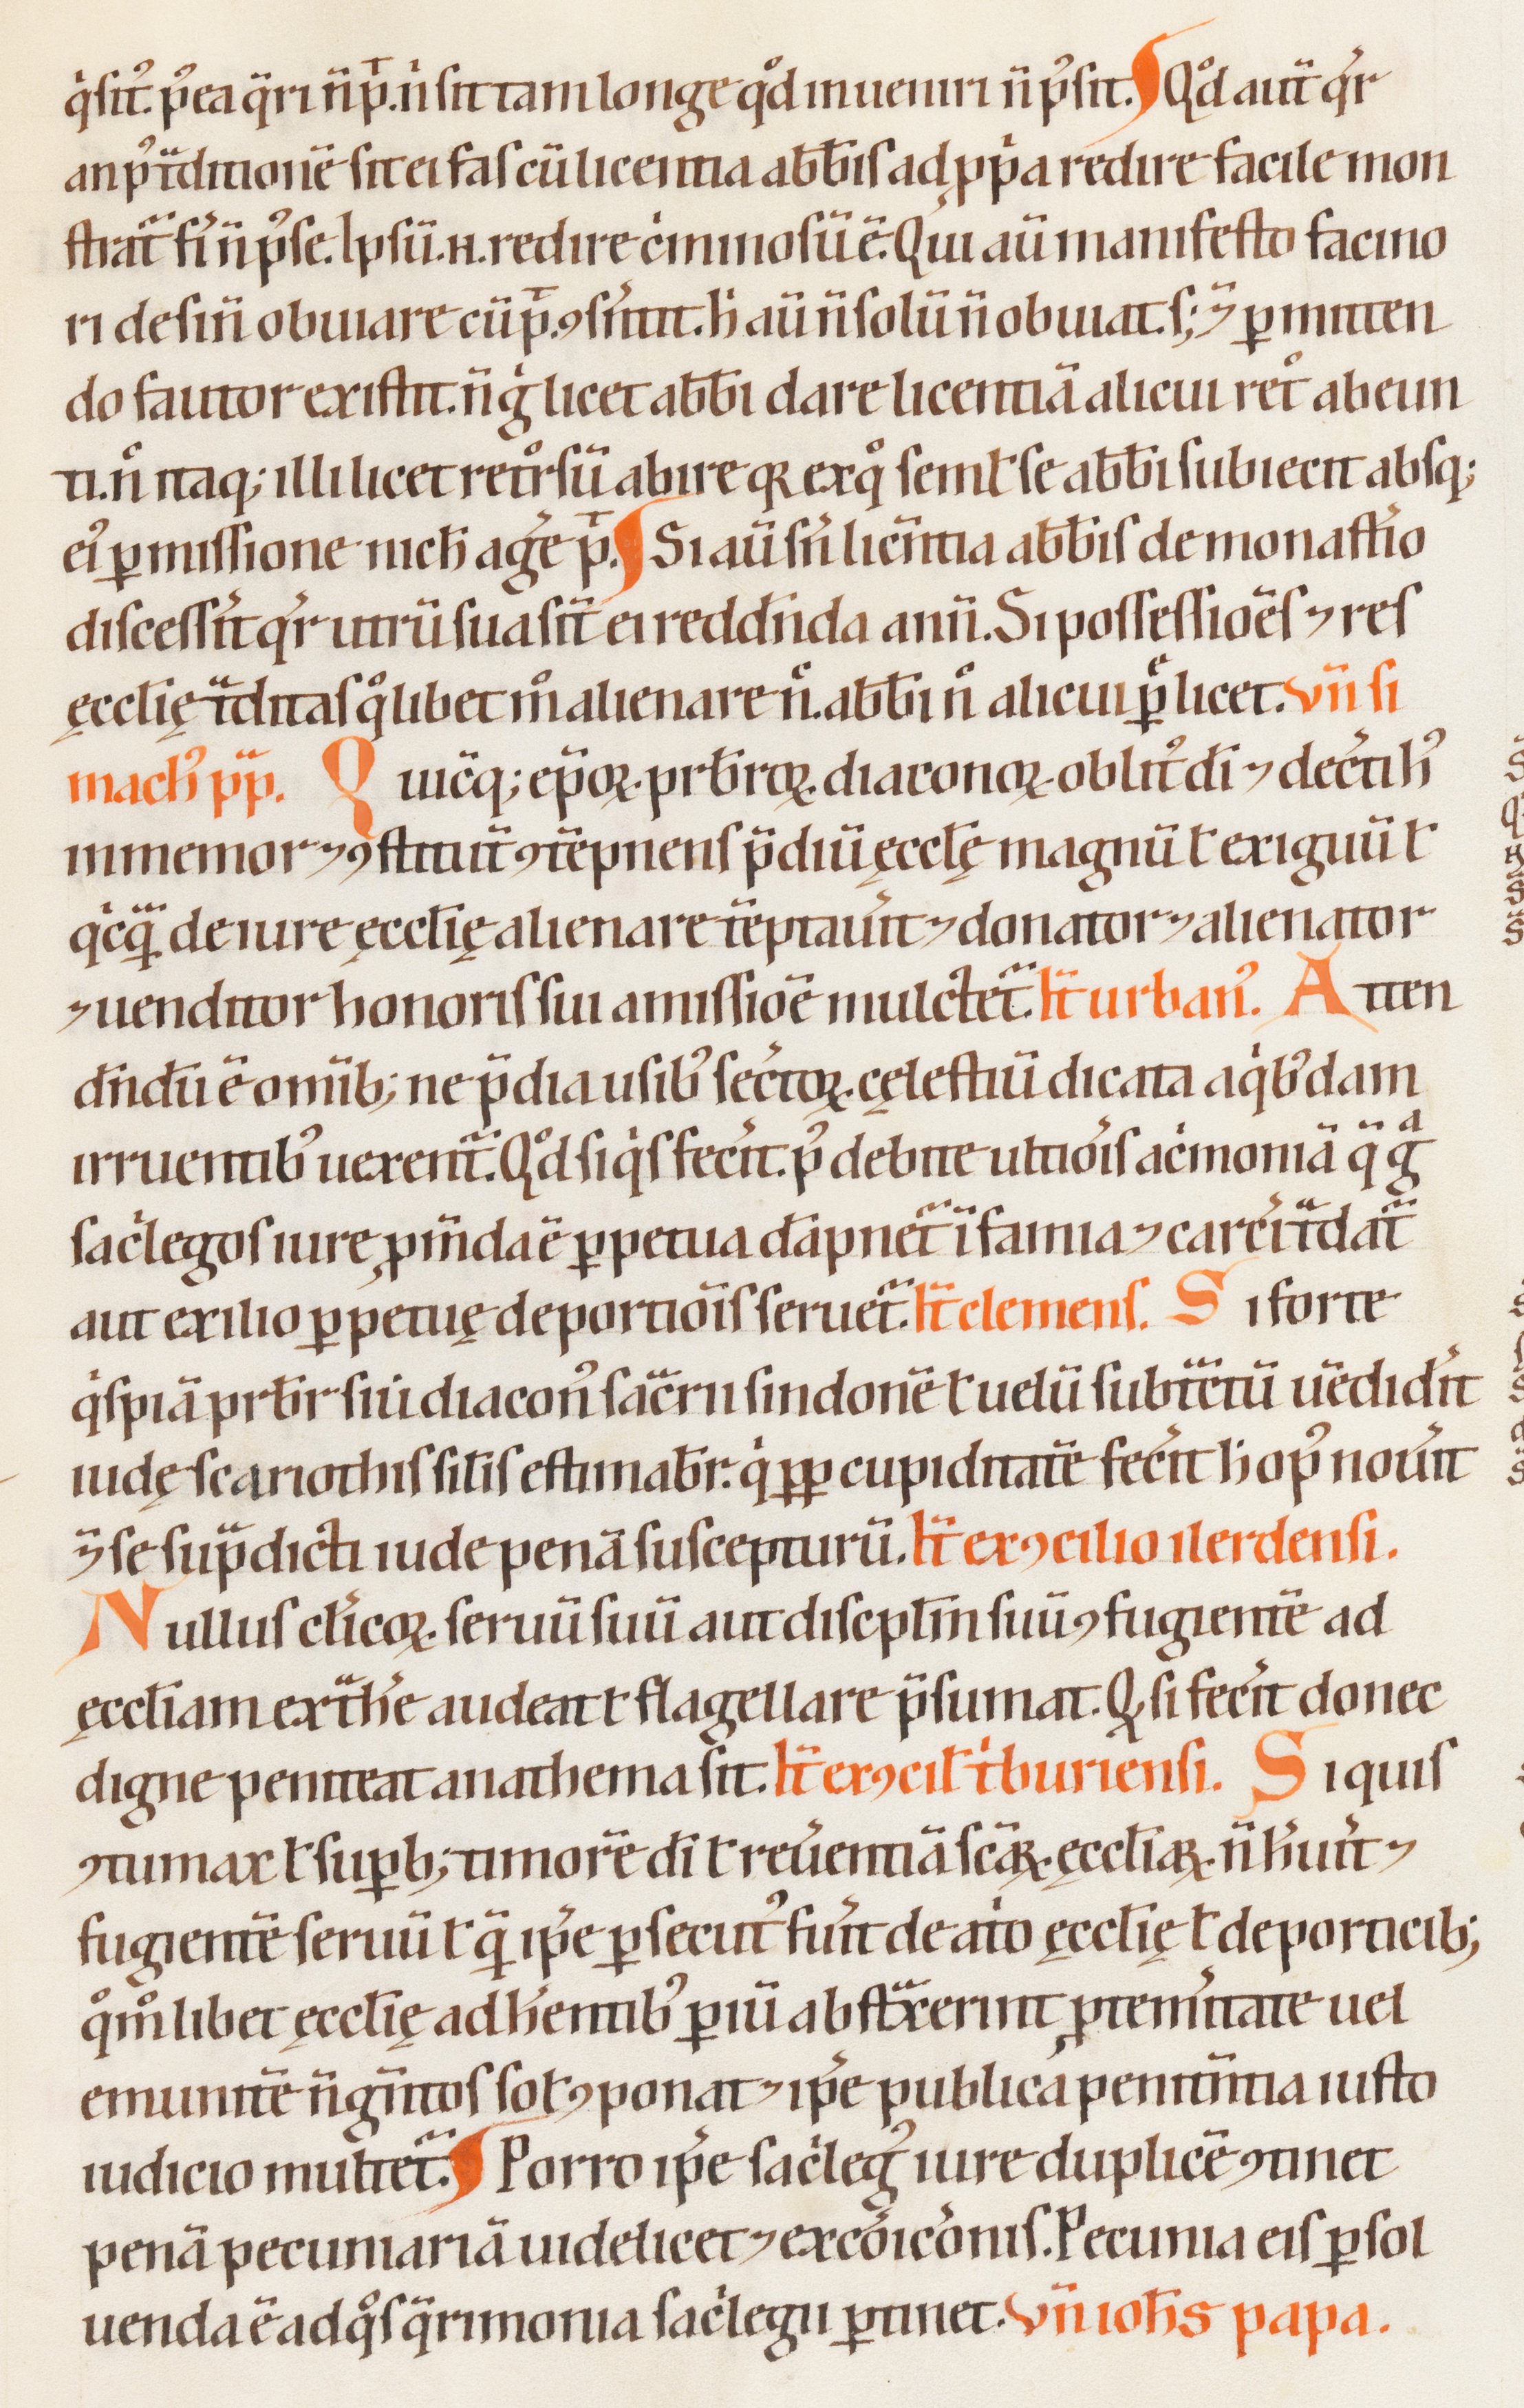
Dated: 1200–1299